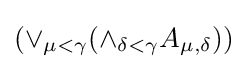
(\lor _{\mu <\gamma }{(\land _{\delta <\gamma }{A_{\mu ,\delta }})})